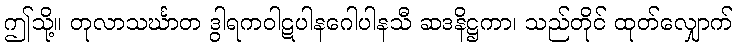
ဤသို့။ တုလာသင်္ဃာတ ဒွါရကဝါဋပါနဂေါပါနသီ ဆဒနိဋ္ဌကာ၊ သည်တိုင် ထုတ်လျှောက်